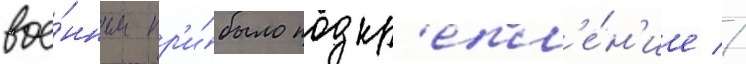
вое́нным пр'и́было подкр'епл'е́н'ие //